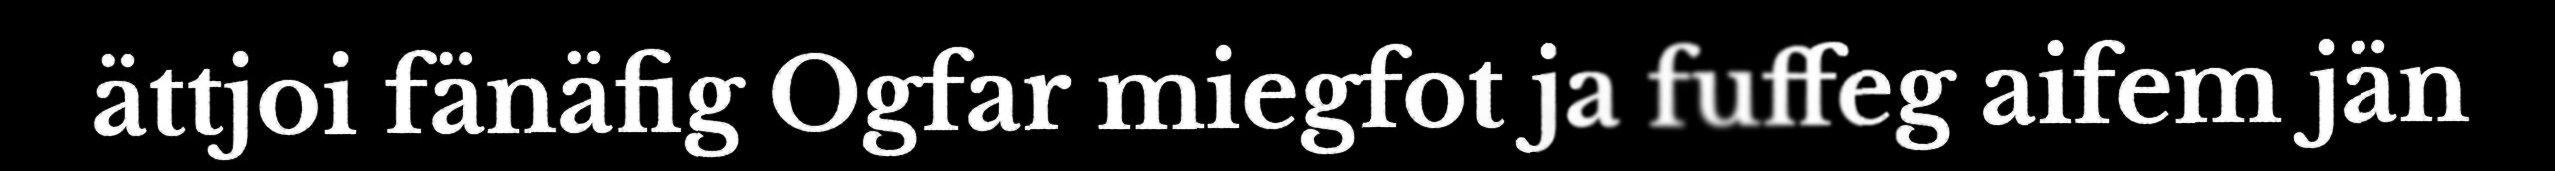
ättjoi fänäfig Ogfar miegfot ja fuffeg aifem jän